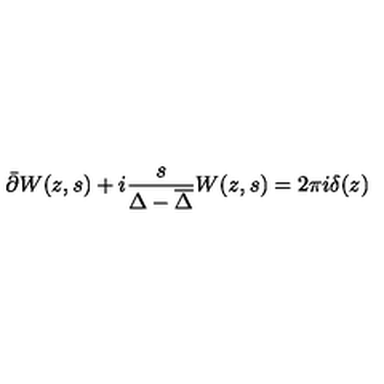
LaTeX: \bar { \partial } W ( z , s ) + i \frac { s } { \Delta - { \overline { \Delta } } } W ( z , s ) = 2 \pi i \delta ( z ) \nonumber